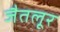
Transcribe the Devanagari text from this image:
जैतलूर